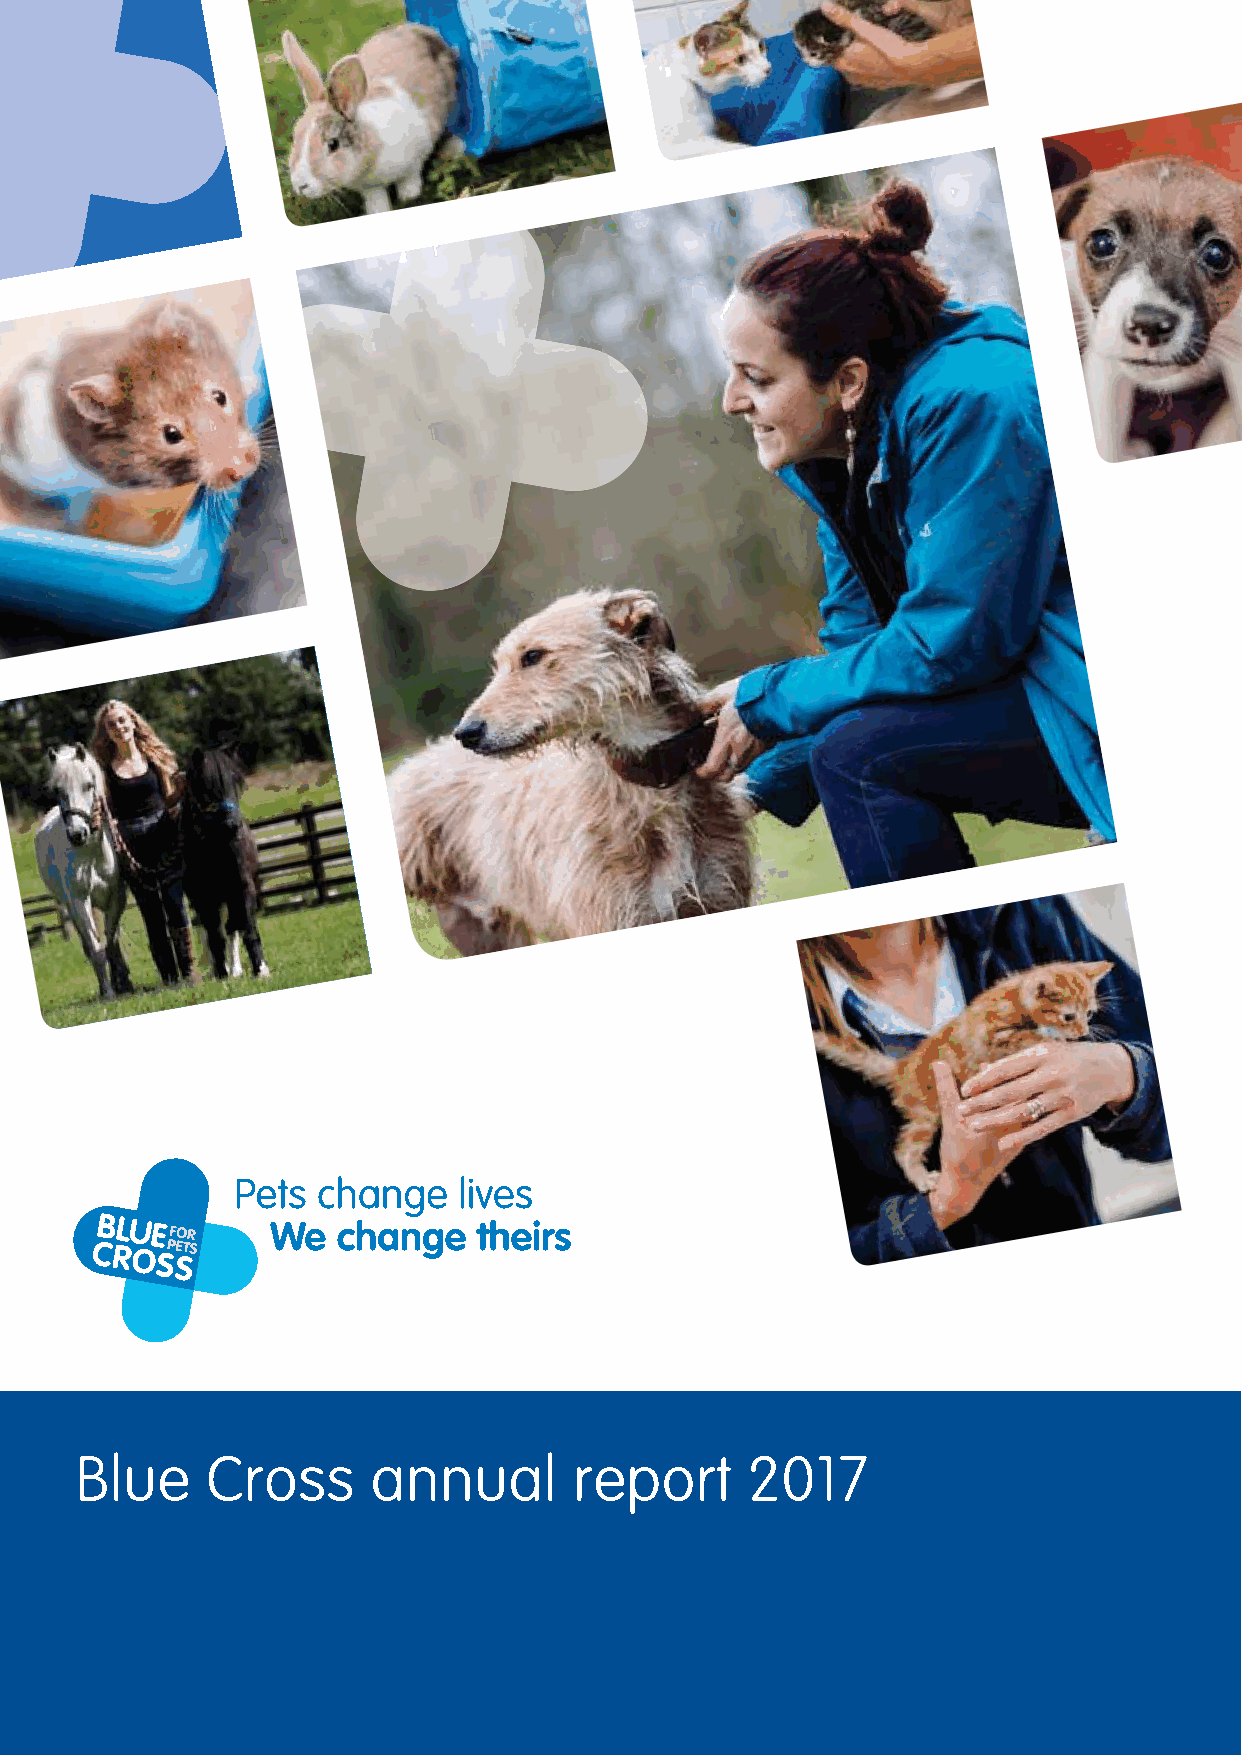
Blue     Cross      annual       report      2017